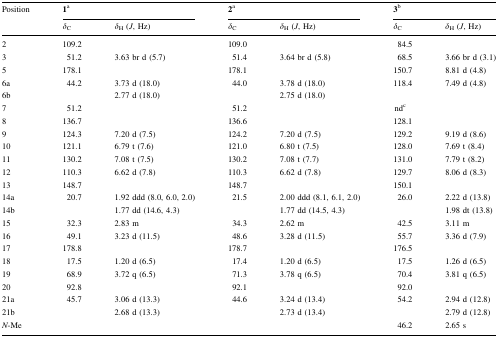
<table><thead><tr><td rowspan="2"><b>Position</b></td><td colspan="2"><b>1<sup>a</sup></b></td><td colspan="2"><b>2<sup>a</sup></b></td><td colspan="2"><b>3<sup>b</sup></b></td></tr><tr><td><b><i>δ</i><sub>C</sub></b></td><td><b><i>δ</i><sub>H</sub> (<i>J</i>, Hz)</b></td><td><b><i>δ</i><sub>C</sub></b></td><td><b><i>δ</i><sub>H</sub> (<i>J</i>, Hz)</b></td><td><b><i>δ</i><sub>C</sub></b></td><td><b><i>δ</i><sub>H</sub> (<i>J</i>, Hz)</b></td></tr></thead><tbody><tr><td>2</td><td>109.2</td><td></td><td>109.0</td><td></td><td>84.5</td><td></td></tr><tr><td>3</td><td>51.2</td><td>3.63 br d (5.7)</td><td>51.4</td><td>3.64 br d (5.8)</td><td>68.5</td><td>3.66 br d (3.1)</td></tr><tr><td>5</td><td>178.1</td><td></td><td>178.1</td><td></td><td>150.7</td><td>8.81 d (4.8)</td></tr><tr><td>6a</td><td>44.2</td><td>3.73 d (18.0)</td><td>44.0</td><td>3.78 d (18.0)</td><td>118.4</td><td>7.49 d (4.8)</td></tr><tr><td>6b</td><td></td><td>2.77 d (18.0)</td><td></td><td>2.75 d (18.0)</td><td></td><td></td></tr><tr><td>7</td><td>51.2</td><td></td><td>51.2</td><td></td><td>nd<sup>c</sup></td><td></td></tr><tr><td>8</td><td>136.7</td><td></td><td>136.6</td><td></td><td>128.1</td><td></td></tr><tr><td>9</td><td>124.3</td><td>7.20 d (7.5)</td><td>124.2</td><td>7.20 d (7.5)</td><td>129.2</td><td>9.19 d (8.6)</td></tr><tr><td>10</td><td>121.1</td><td>6.79 t (7.6)</td><td>121.0</td><td>6.80 t (7.5)</td><td>128.0</td><td>7.69 t (8.4)</td></tr><tr><td>11</td><td>130.2</td><td>7.08 t (7.5)</td><td>130.2</td><td>7.08 t (7.7)</td><td>131.0</td><td>7.79 t (8.2)</td></tr><tr><td>12</td><td>110.3</td><td>6.62 d (7.8)</td><td>110.3</td><td>6.62 d (7.8)</td><td>129.7</td><td>8.06 d (8.3)</td></tr><tr><td>13</td><td>148.7</td><td></td><td>148.7</td><td></td><td>150.1</td><td></td></tr><tr><td>14a</td><td>20.7</td><td>1.92 ddd (8.0, 6.0, 2.0)</td><td>21.5</td><td>2.00 ddd (8.1, 6.1, 2.0)</td><td>26.0</td><td>2.22 d (13.8)</td></tr><tr><td>14b</td><td></td><td>1.77 dd (14.6, 4.3)</td><td></td><td>1.77 dd (14.5, 4.3)</td><td></td><td>1.98 dt (13.8)</td></tr><tr><td>15</td><td>32.3</td><td>2.83 m</td><td>34.3</td><td>2.62 m</td><td>42.5</td><td>3.11 m</td></tr><tr><td>16</td><td>49.1</td><td>3.23 d (11.5)</td><td>48.6</td><td>3.28 d (11.5)</td><td>55.7</td><td>3.36 d (7.9)</td></tr><tr><td>17</td><td>178.8</td><td></td><td>178.7</td><td></td><td>176.5</td><td></td></tr><tr><td>18</td><td>17.5</td><td>1.20 d (6.5)</td><td>17.4</td><td>1.20 d (6.5)</td><td>17.5</td><td>1.26 d (6.5)</td></tr><tr><td>19</td><td>68.9</td><td>3.72 q (6.5)</td><td>71.3</td><td>3.78 q (6.5)</td><td>70.4</td><td>3.81 q (6.5)</td></tr><tr><td>20</td><td>92.8</td><td></td><td>92.1</td><td></td><td>92.0</td><td></td></tr><tr><td>21a</td><td>45.7</td><td>3.06 d (13.3)</td><td>44.6</td><td>3.24 d (13.4)</td><td>54.2</td><td>2.94 d (12.8)</td></tr><tr><td>21b</td><td></td><td>2.68 d (13.3)</td><td></td><td>2.73 d (13.4)</td><td></td><td>2.79 d (12.8)</td></tr><tr><td><i>N</i>-Me</td><td></td><td></td><td></td><td></td><td>46.2</td><td>2.65 s</td></tr></tbody></table>